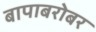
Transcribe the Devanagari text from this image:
बापाबरोबर